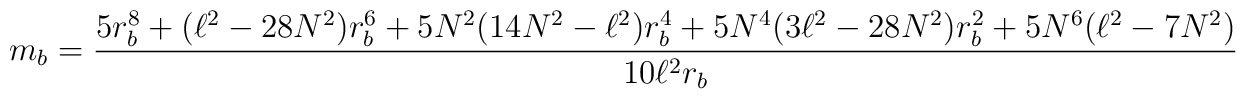
m_{b}=\frac{5r_{b}^{8}+(\ell ^{2}-28N^{2})r_{b}^{6}+5N^{2}(14N^{2}-\ell^{2})r_{b}^{4}+5N^{4}(3\ell ^{2}-28N^{2})r_{b}^{2}+5N^{6}(\ell ^{2}-7N^{2})}{10\ell ^{2}r_{b}}